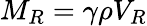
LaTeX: M_{R}=\gamma\rho V_{R}